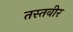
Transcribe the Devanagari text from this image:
तस्तवीर